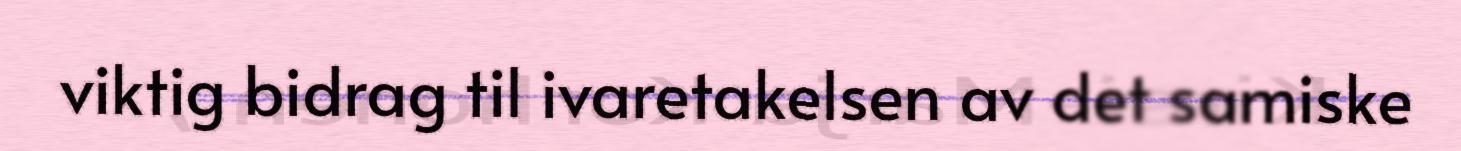
viktig bidrag til ivaretakelsen av det samiske